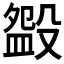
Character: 𣪰